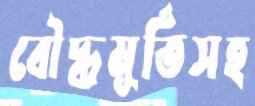
বৌদ্ধমূর্তিসহ